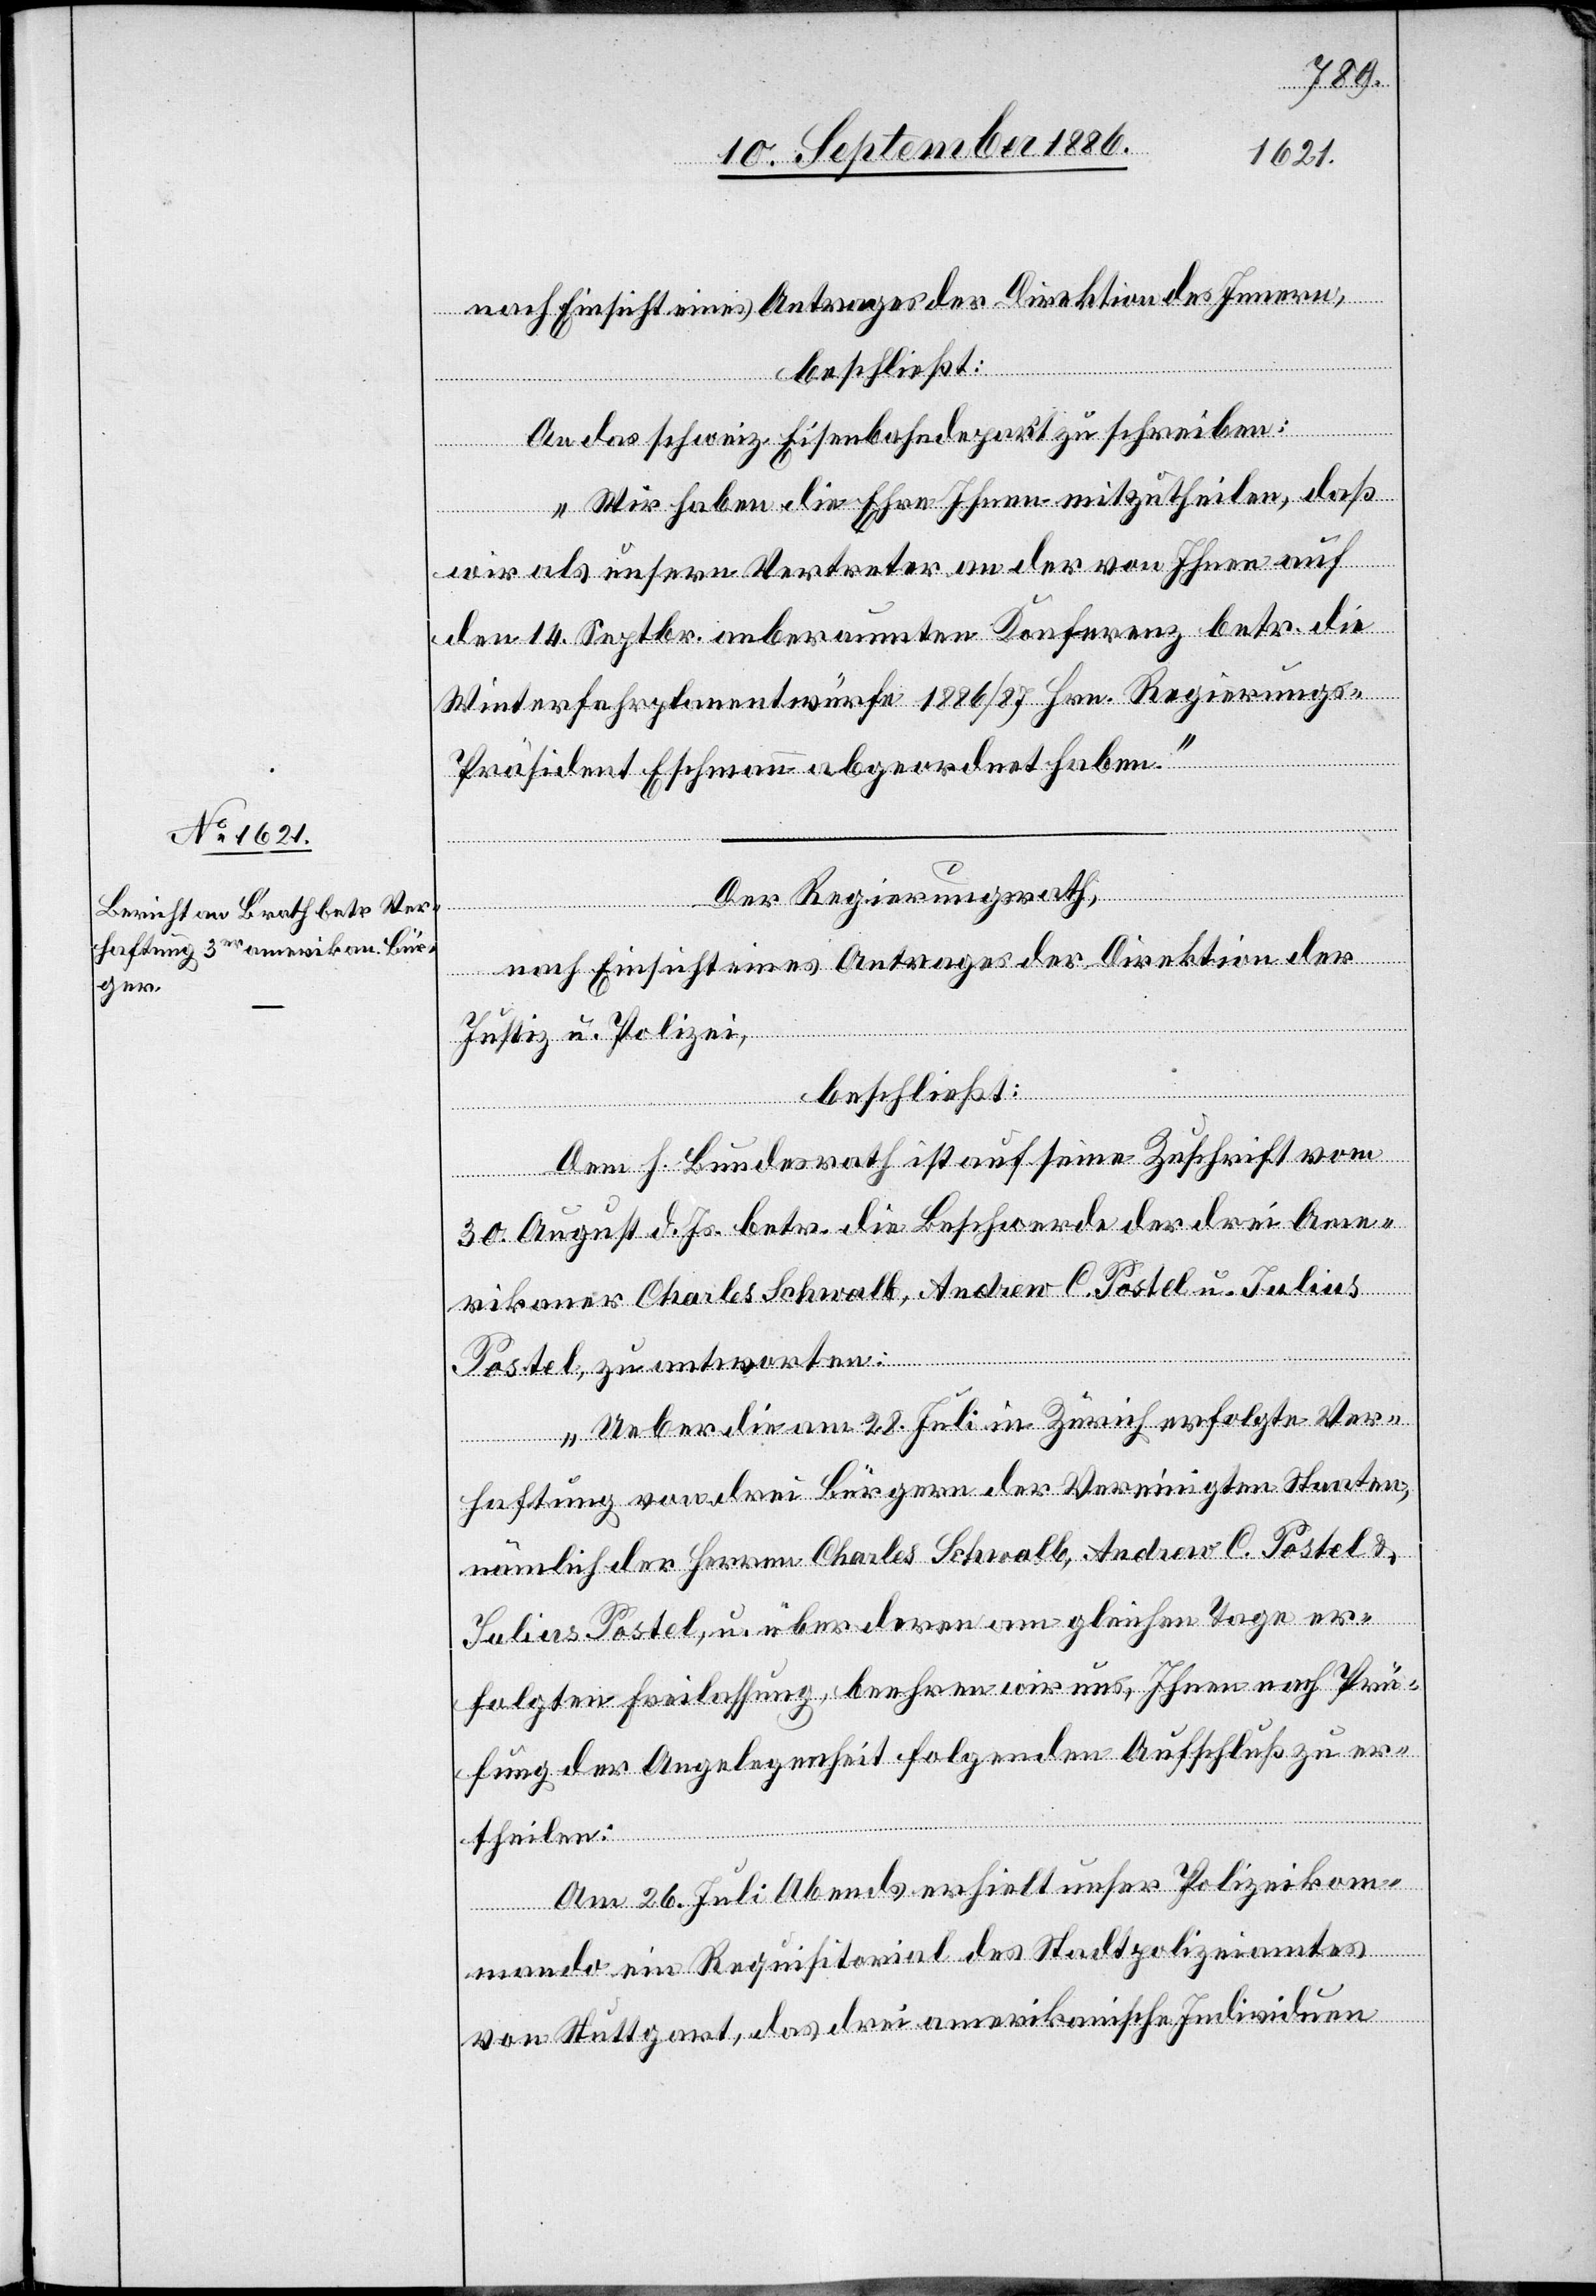
nach Einsicht eines Antrages der Direktion des Innern,
beschließt:
An das schweiz. Eisenbahndepart. zu schreiben:
„Wir haben die Ehre Ihnen mitzutheilen, daß
wir als unsern Vertreter an der von Ihnen auf
den 14. Septbr. anberaumten Konferenz betr. die
Winterfahrplanentwürfe 1886/87 Hrn. Regierungs-P¬
räsident Eschmann abgeordnet haben.“
Der Regierungsrath,
nach Einsicht eines Antrages der Direktion der
Justiz u. Polizei,
beschließt:
Dem h. Bundesrath ist auf seine Zuschrift vom
30. August d. Js. betr. die Beschwerde der drei Ame¬
rikaner Charles Schwalb, Andrew C. Postel u. Julius
Postel, zu antworten:
„Ueber die am 28. Juli in Zürich erfolgte Ver¬
haftung von drei Bürgern der Vereinigten Staaten,
nämlich der Herren Charles Schwalb, Andrew C. Postel &
Julius Postel, u. über deren am gleichen Tage er¬
folgten Freilassung, beehren wir uns, Ihnen nach Prü¬
fung der Angelegenheit folgenden Aufschluß zu er¬
theilen:
Am 26. Juli Abends erhielt unser Polizeikom¬
mando ein Requisitorial des Stadtpolizeiamtes
von Stuttgart, das drei amerikanische Individuen